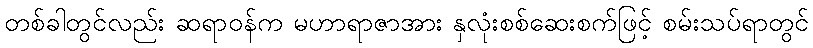
တစ်ခါတွင်လည်း ဆရာဝန်က မဟာရာဇာအား နှလုံးစစ်ဆေးစက်ဖြင့် စမ်းသပ်ရာတွင်